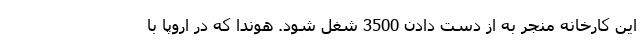
این کارخانه منجر به از دست دادن 3500 شغل شود. هوندا که در اروپا با